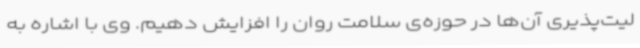
لیت‌پذیری آن‌ها در حوزه‌ی سلامت روان را افزایش دهیم. وی با اشاره به